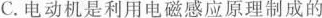
C.电动机是利用电磁感应原理制成的